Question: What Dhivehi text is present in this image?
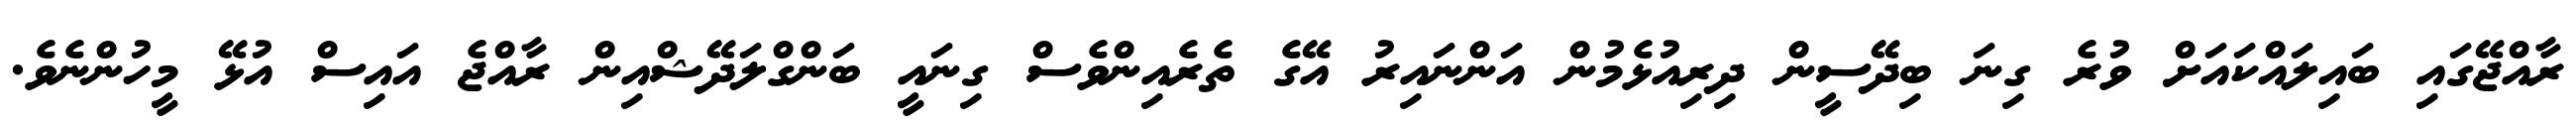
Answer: ރާއްޖޭގައި ބައިލައްކައަށް ވުރެ ގިނަ ބިދޭސީން ދިރިއުޅެމުން އަންނައިރު އޭގެ ތެރެއިންވެސް ގިނައީ ބަންގްލަދޭޝްއިން ރާއްޖެ އައިސް އުޅޭ މީހުންނެވެ.